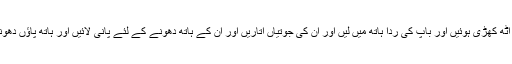
فاطمہ اپنی جگہ سے اٹھ کھڑی ہوئیں اور باپ کی ردا ہاتھ میں لیں اور ان کی جوتیاں اتاریں اور ان کے ہاتھ دھونے کے لئے پانی لائیں اور ہاتھ پاؤں دھونے کے بعد بیٹھ گئیں۔